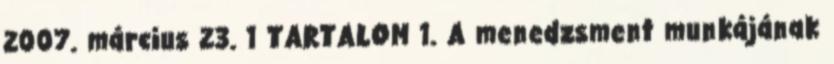
2007. március 23. 1 TARTALOM 1. A menedzsment munkájának